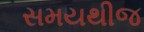
સમયથીજ